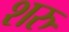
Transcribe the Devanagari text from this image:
शरु